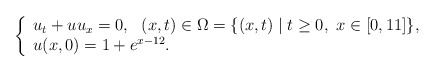
\begin{align*} \left\{ \begin{array}{l} u_t+uu_x=0,\ \ (x,t)\in \Omega=\{(x,t)\mid t\geq 0,\ x\in [0,11]\},\\ u(x,0)=1+e^{x-12}. \end{array} \right. \end{align*}